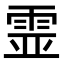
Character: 𩂳